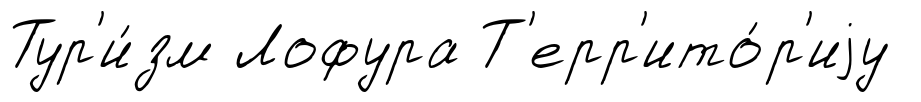
Тур'и́зм Лофура Т'ерр'ито́р'иjу